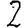
Digit: 2